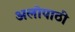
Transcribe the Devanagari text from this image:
अलोपाठी